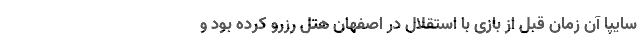
سایپا آن زمان قبل از بازی با استقلال در اصفهان هتل رزرو کرده بود و